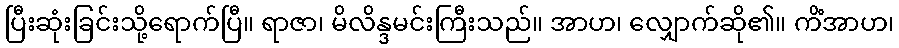
ပြီးဆုံးခြင်းသို့ရောက်ပြီ။ ရာဇာ၊ မိလိန္ဒမင်းကြီးသည်။ အာဟ၊ လျှောက်ဆို၏။ ကိံအာဟ၊